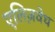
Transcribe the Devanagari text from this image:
एलिज़वेथ